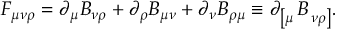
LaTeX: F _ { \mu \nu \rho } = \partial _ { \mu } B _ { \nu \rho } + \partial _ { \rho } B _ { \mu \nu } + \partial _ { \nu } B _ { \rho \mu } \equiv \partial _ { \left[ \mu \right. } B _ { \left. \nu \rho \right] } .